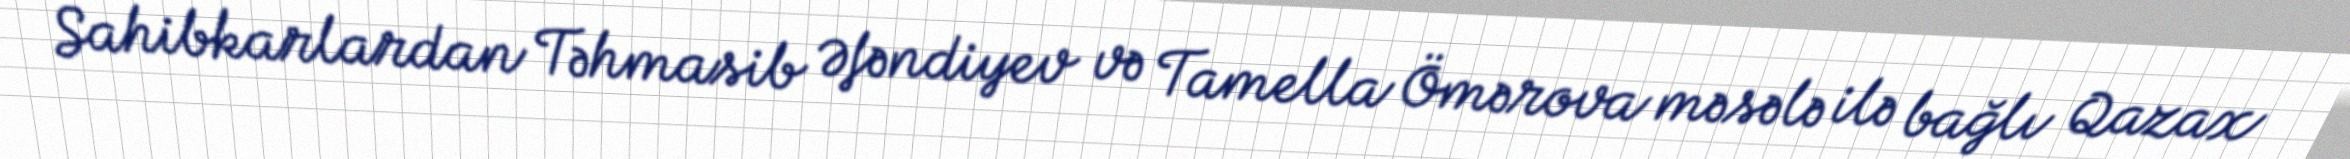
Sahibkarlardan Təhmasib Əfəndiyev və Tamella Ömərova məsələ ilə bağlı Qazax